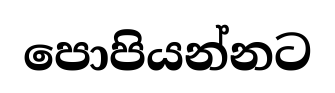
පොපියන්නට